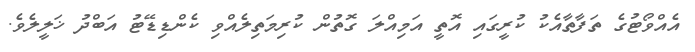
އެއްވޯޓުގެ ތަފާތާއެކު ކުރީގައި އޮތީ އަމިއްލަ ގޮތުން ކުރިމަތިލެއްވި ކެންޑިޑޭޓު އަބްދު ޚަލީލެވެ.